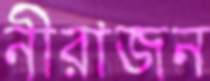
নীরাজন